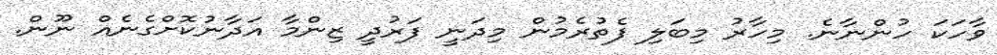
ވާހަކަ ހުންނާނެ. މިހާރު މިބަލި ފެތުރެމުން މިދަނީ ފަރުދީ ޒިންމާ އަދާނުކޮށްގެނެއް ނޫން.